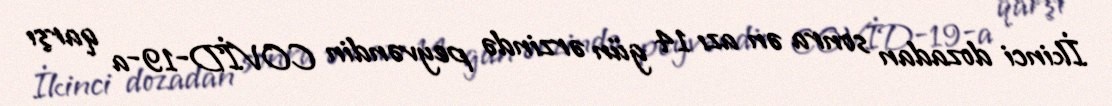
İkinci dozadan sonra ən azı 14 gün ərzində peyvəndin COVİD-19-a qarşı